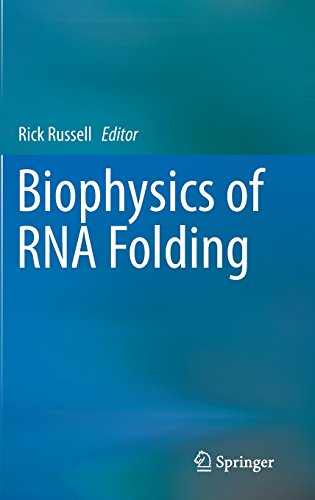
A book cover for Biophysics of RNA Folding (Biophysics for the Life Sciences); Science & Math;